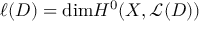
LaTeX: \ell ( D ) = \mathrm { d i m } H ^ { 0 } ( X , { \mathcal { L } } ( D ) )